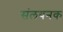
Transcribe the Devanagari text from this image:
संलयनक